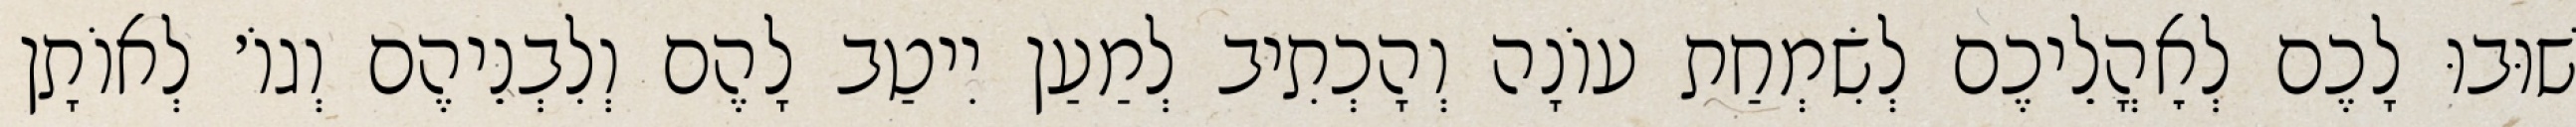
שׁוּבוּ לָכֶם לְאׇהֳלֵיכֶם לְשִׂמְחַת עוֹנָה וְהָכְתִיב לְמַעַן יִיטַב לָהֶם וְלִבְנֵיהֶם וְגוֹ׳ לְאוֹתָן